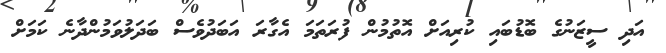
އަދި ސީޒަނުގެ ބޮޑުބައި ކުރިއަށް އޮތުމުން ފުރަތަމަ އެގާރަ އަބަދުވެސް ބަދަލުވަމުންދާނެ ކަމަށް